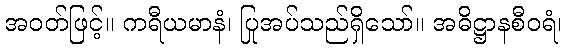
အဝတ်ဖြင့်။ ကရီယမာနံ၊ ပြုအပ်သည်ရှိသော်။ အဓိဋ္ဌာနစီဝရံ၊